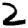
Digit: 2